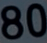
80